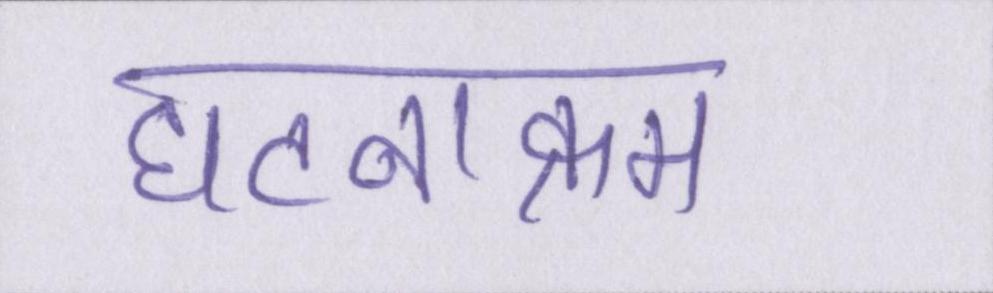
घटनाक्रम